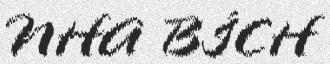
NHA BÍCH